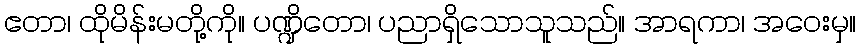
ဧတာ၊ ထိုမိန်းမတို့ကို။ ပဏ္ဍိတော၊ ပညာရှိသောသူသည်။ အာရကာ၊ အဝေးမှ။